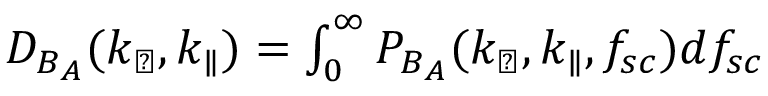
\begin{array} { r } { D _ { B _ { A } } ( k _ { \perp } , k _ { \parallel } ) = \int _ { 0 } ^ { \infty } P _ { B _ { A } } ( k _ { \perp } , k _ { \parallel } , f _ { s c } ) d f _ { s c } } \end{array}